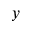
y